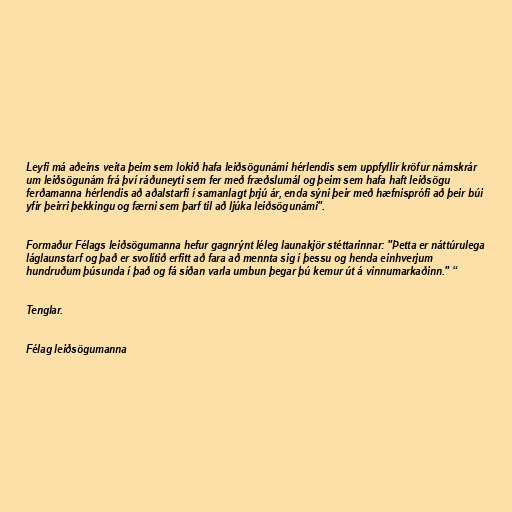
Leyfi má aðeins veita þeim sem lokið hafa leiðsögunámi hérlendis sem uppfyllir kröfur námskrár
um leiðsögunám frá því ráðuneyti sem fer með fræðslumál og þeim sem hafa haft leiðsögu
ferðamanna hérlendis að aðalstarfi í samanlagt þrjú ár, enda sýni þeir með hæfnisprófi að þeir búi
yfir þeirri þekkingu og færni sem þarf til að ljúka leiðsögunámi".

Formaður Félags leiðsögumanna hefur gagnrýnt léleg launakjör stéttarinnar: "Þetta er náttúrulega
láglaunstarf og það er svolítið erfitt að fara að mennta sig í þessu og henda einhverjum
hundruðum þúsunda í það og fá síðan varla umbun þegar þú kemur út á vinnumarkaðinn." “

Tenglar.

Félag leiðsögumanna